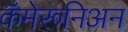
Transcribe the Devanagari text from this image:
कॅमेरूनिअन